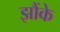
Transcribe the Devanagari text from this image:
झौंके